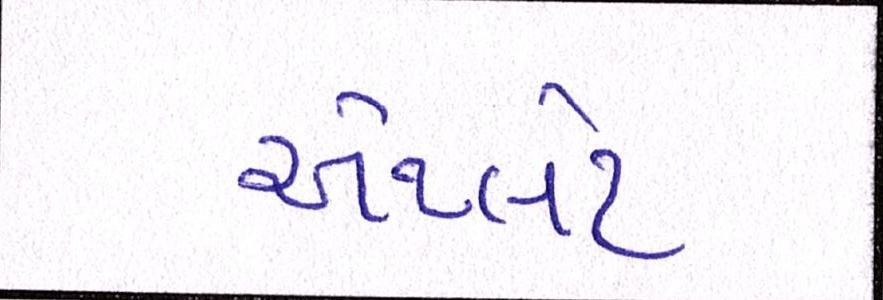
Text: એથ્લેટ